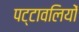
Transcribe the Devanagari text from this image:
पट्टावलियों